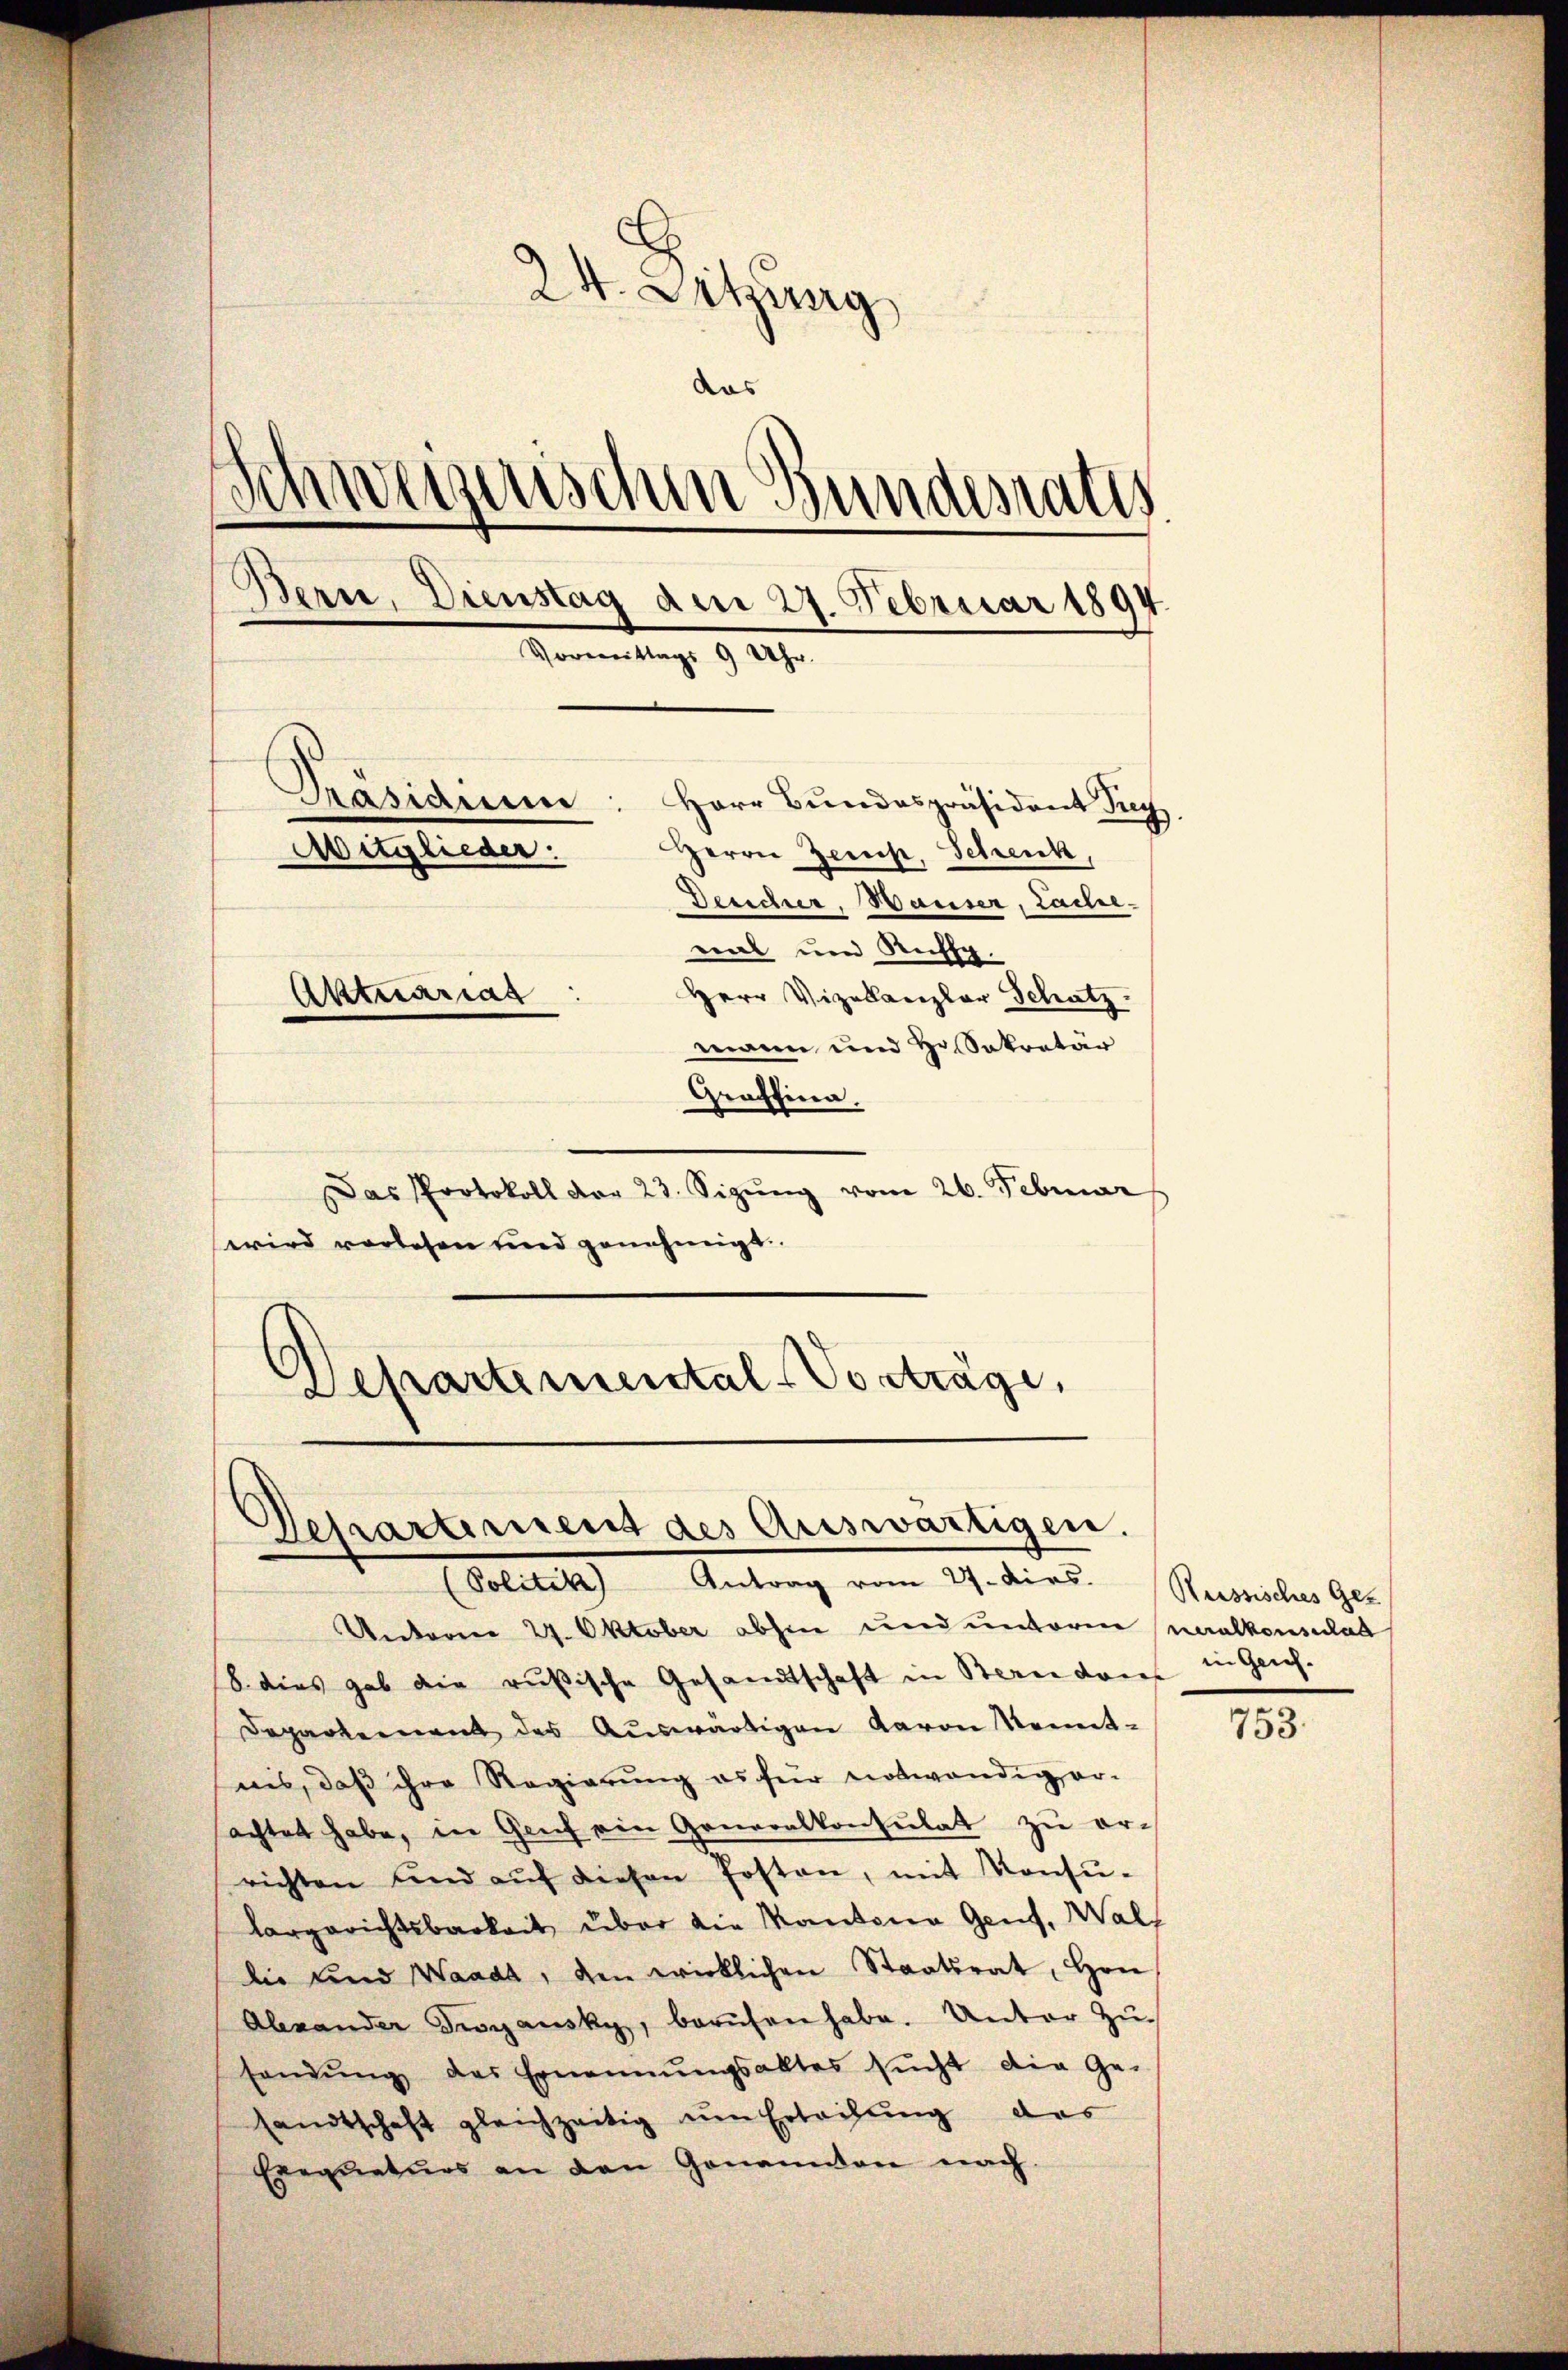
24. Sitzung
das
Schweizerischen Bundesraths
Bern, Dienstag am 27. Februar 1894.
Vormittags 9 Uhr.
Präsidium: Herr Bundespräsident Pe
Mitglieder:
Herrn Zerst, Schenk,
Deucher, Hauser, Lache
mal und Richtg.
Herr Vizekanzlar Schatz.
Aktuariat
mann und Hr. Sakretär
Graffina.

Das Protokoll der 23. Sizŭng vom 26. Februar
wird vorlesen und genehmigt.
Departemental-Vorträge,

Departement des Auswärtigen.
(Politik) Antrag vom 27. Dirs.

Unterm 24. Oktober abhin und unterm naalkonsulat
b. dies gab die rußische Gesandtschaft in Bereiden in Geneh-
Departement des Auswärtigen Baron Kennt-
nis, daß ihre Regierung es für notwendig erachtet habe, in Genf ein Generalkonsulat zu orrichten und aŭf diesen Posten, mit Konsŭ-
largerichtsbarkeit über die Kantone Genf, Wallie und Waadt, den wirklichen Staatsrat, Hrn.
Abhander Trogansky, berŭfen habe. Unter Zu-
sandŭng des Ernennŭngsaktes sŭcht die Ge-
sandtschaft gleichzeitig um Erlachŭng des
Exequatuos an den Genannen nach.

Russisches Ges

753.